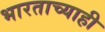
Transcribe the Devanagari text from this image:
भारताच्याही